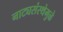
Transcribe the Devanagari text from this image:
नाट्यसंस्थेमुळे